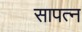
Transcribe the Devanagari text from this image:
सापत्‍न